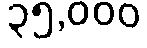
၃၅,၀၀၀